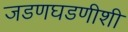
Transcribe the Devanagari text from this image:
जडणघडणीशी